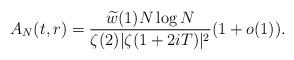
LaTeX: \begin{align*} A_N(t,r)= \frac{\widetilde{w}(1) N \log N }{\zeta(2) |\zeta(1+2iT)|^2} (1 + o(1)). \end{align*}